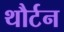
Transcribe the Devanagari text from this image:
थौर्टन